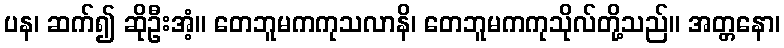
ပန၊ ဆက်၍ ဆိုဦးအံ့။ တေဘူမကကုသလာနိ၊ တေဘူမကကုသိုလ်တို့သည်။ အတ္တနော၊